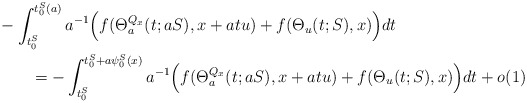
\begin{align*}\MoveEqLeft -\int_{t_0^S}^{t_0^S(a)}a^{-1} \Big( f (\Theta_a^{Q_x} (t;aS),x+atu) + f (\Theta_u (t;S),x)\Big) dt\\&=-\int_{t_0^S}^{t_0^S+a\psi_0^S(x)} a^{-1} \Big( f (\Theta_a^{Q_x} (t;aS),x+atu) + f (\Theta_u (t;S),x)\Big) dt+o(1)\end{align*}